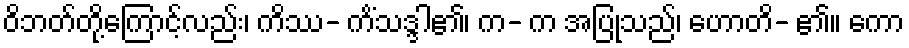
ဝိဘတ်တို့ကြောင့်လည်း၊ ကိဿ- ကိံသဒ္ဒါ၏၊ က- က အပြုသည်၊ ဟောတိ- ၏။ ကော